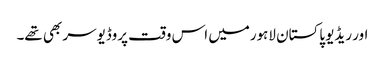
اور ریڈیو پاکستان لاہورمیں اس وقت پروڈیوسر بھی تھے۔